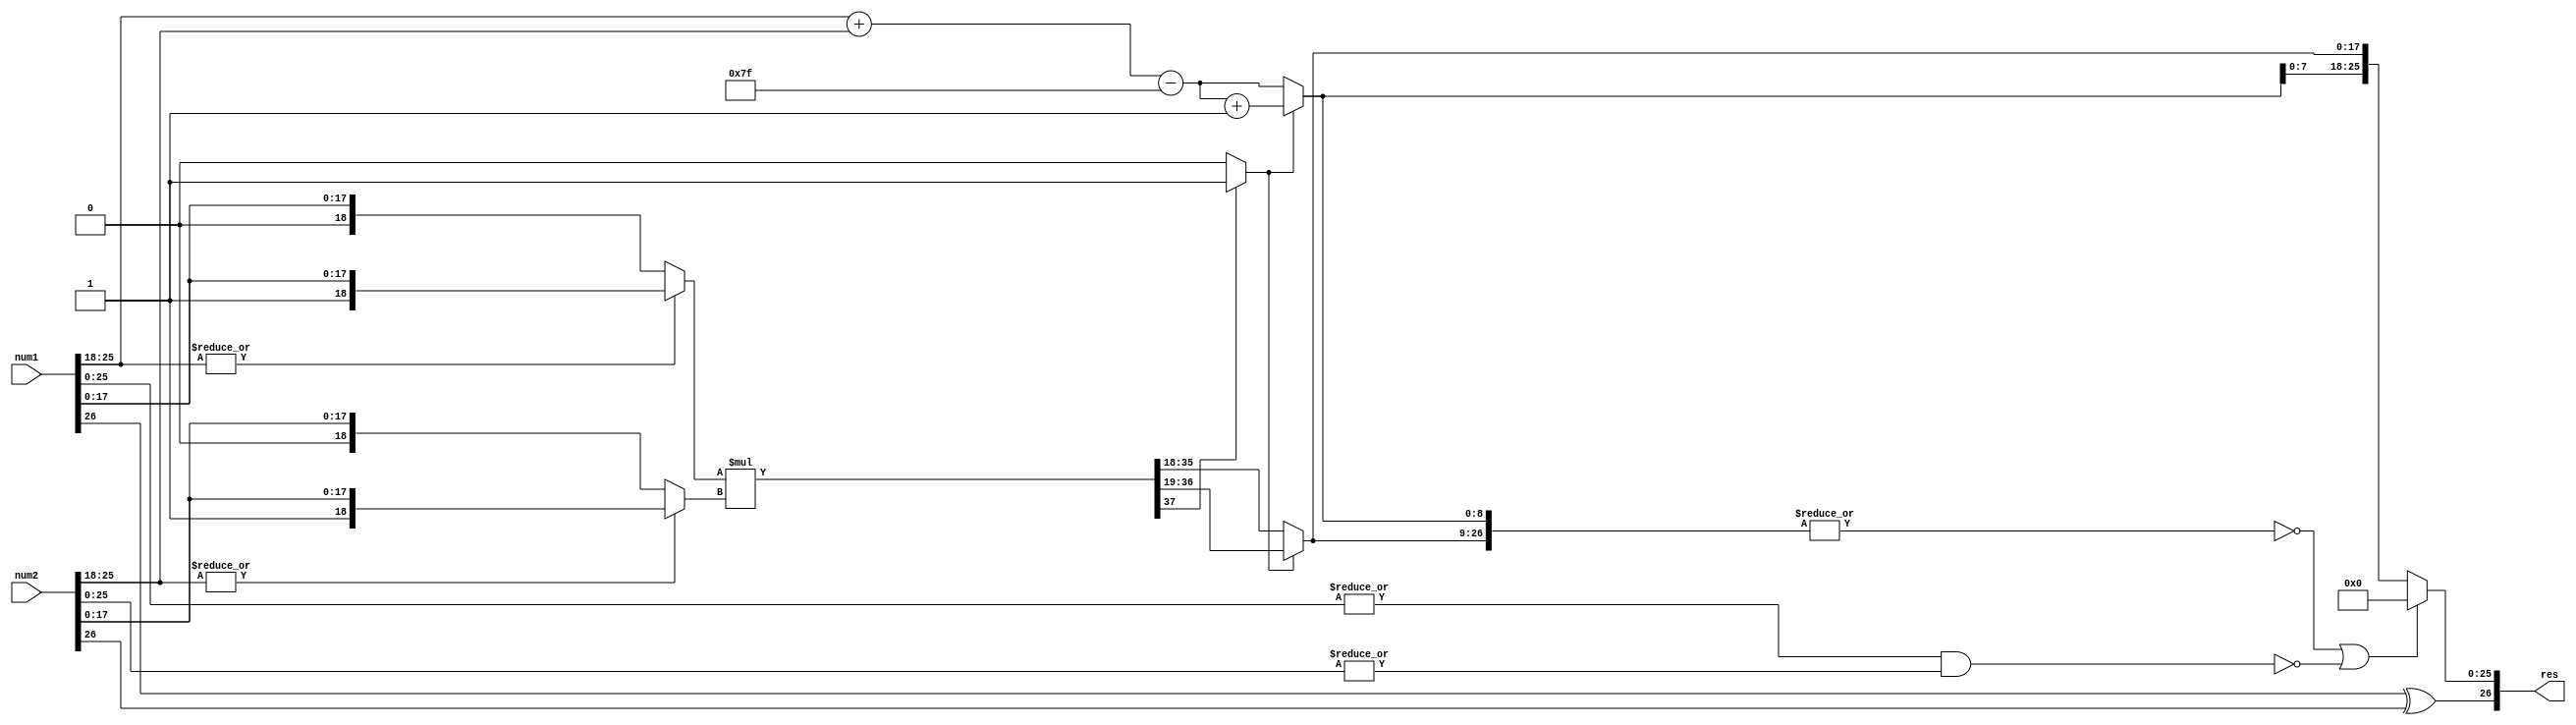
module fp_mul(num1,num2,res);
// input [26:0]num1,num2  ; output [26:0]res 

//input clk;
//input reset;
input wire [26:0]num1,num2;
//output reg [26:0]o_product;
output [26:0]res;

wire sign_a,sign_b;
wire sign_res;
wire [7:0]exp_a,exp_b,exp;
wire [8:0] exp_sum;
reg [8:0] exp_res;
wire [18:0]frac_a,frac_b;
wire [18:0]man_a,man_b;
wire [37:0]prod;
//wire [17:0]product;
reg [17:0]mantissa;
wire [26:0]res;

wire zero,zero_res;

//reg [55:0]pipe;

assign zero = ~((|num1[25:0])  && (|num2[25:0]));

assign sign_a=num1[26];
assign sign_b=num2[26];
assign exp_a=num1[25:18];
assign exp_b=num2[25:18];
assign frac_a= (|num1[25:18])? { 1'b1,num1[17:0]}:{1'b0,num1[17:0]};
assign frac_b= (|num2[25:18])? { 1'b1,num2[17:0]}:{1'b0,num2[17:0]};

/*
always @(posedge clk)
begin
pipe[27:0]<= {sign_a,exp_a,frac_a};
pipe[55:28]<= {sign_b,exp_b,frac_b};
end
*/

//deregistering the outputs
/*
always @(posedge clk)
begin
if(reset)
o_product<=27'b0;
else
o_product<=res;
end
*/

/* computation ->: involves computing sign_bit,exponent_sum,product
------------------------------------------------------------------------------*/
assign sign_res = sign_a ^ sign_b;
assign exp_sum= exp_a + exp_b;

assign prod= frac_a * frac_b ;

assign norm = (prod[37])?1'b1:1'b0;

always @(*)
begin
	exp_res= exp_sum - 8'd127  ;    // due to double counting
	if(!norm)
		begin
		mantissa= prod[35:18];
		end
	else
		begin
		mantissa= prod[36:19];
		exp_res=exp_res + 1'b1;
		end
end

assign zero_res = ~(|{exp_res,mantissa});

assign res= (zero_res || zero)?{sign_res,26'b0}:{sign_res,exp_res[7:0],mantissa};

endmodule